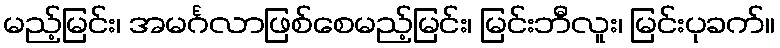
မည့်မြင်း၊ အမင်္ဂလာဖြစ်စေမည့်မြင်း၊ မြင်းဘီလူး၊ မြင်းပုခက်။